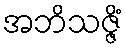
အဘိသဇ္ဇိံ